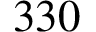
3 3 0